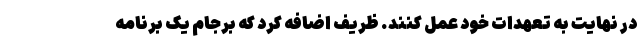
در نهایت به تعهدات خود عمل کنند. ظریف اضافه کرد که برجام یک برنامه